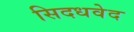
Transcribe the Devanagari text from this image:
सिदधवेद